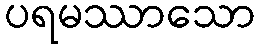
ပရမဿာသော